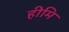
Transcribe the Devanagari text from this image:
हीमि